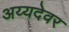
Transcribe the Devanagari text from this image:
अय्यदेवर